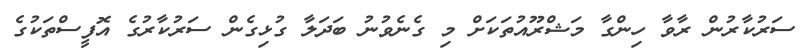
ސަރުކާރުން ރާވާ ހިންގާ މަޝްރޫއުތަކަށް މި ގެނެވުނު ބަދަލާ ގުޅިގެން ސަރުކާރުގެ އޮފީސްތަކުގެ